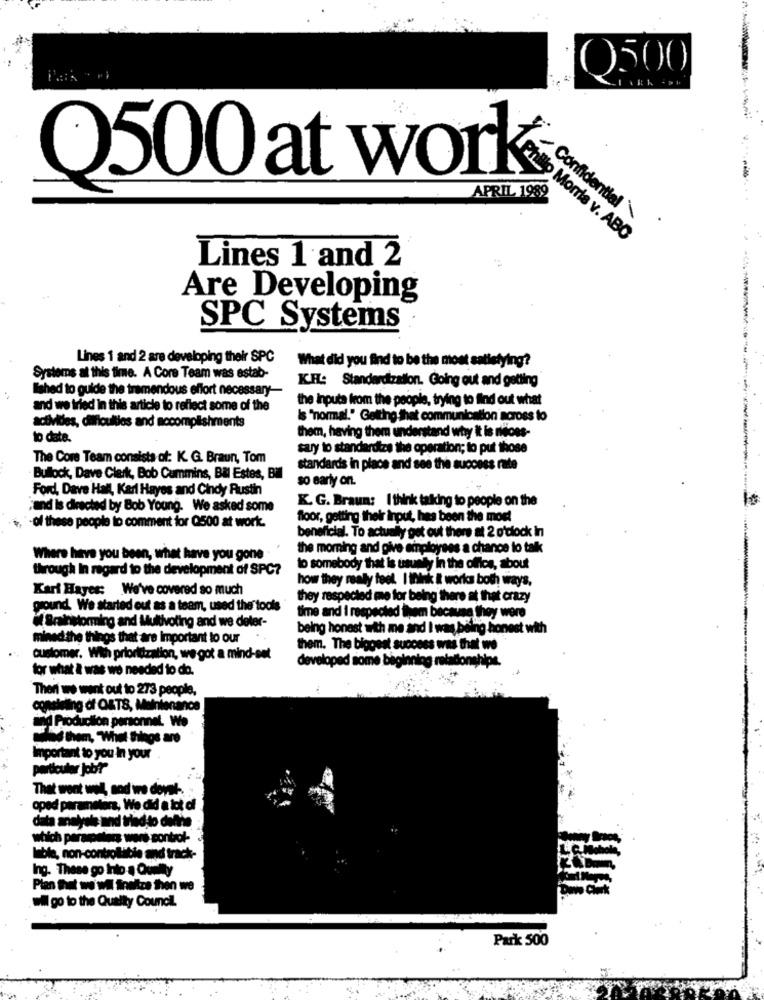
Q500
O500 at work
APRIL 1989
Confidential\
Philip Morris v. ABO
Lines 1 and 2
Are Developing
SPC Systems
Lines 1 and 2 are developing their SPC
What did you find to be the most sallelying?
--
Systems at this time. A Core Team was estab-
Ished to guide the tremendous effort necessary-
K.EL .: Standardization. Going out and getting
the inputa from the people, trying to find out what
and we tried in this article to reflect some of the
Is "normal." Getting that communication across to
activities, difficulties and accomplishments
to date.
them, having them understand why it is neces-
say to standardize the operation; to put those
The Core Team consists of: K. G. Braun, Tom
standards in place and see the success rate
Bulock, Dave Clerk, Bob Cummins, Bal Estes, Bil
so early on.
Ford, Dave Hall, Karl Hayes and Cindy Rustin
K. G. Braun: I think talking to people on the
and is directed by Bob Young. We asked some
floor, getting their input, hes been the moet
of these people to comment for (2500 at work.
beneficial. To actualy get out there at 2 o'clock in
the moming and give einployses a chance to talk
Where have you been, what have you gone
through In regard to the development of SPC?
to somebody that is usually in the office, about
how they really feel. I think it works both ways.
Kari Hayes: We've covered so much
they respected me for being there at that crazy
pound. We started out as a team, used the tools
time and i respected them because they were
Brainstorming and Multivoting and we deler-
being honest with me and I was being honest with
mined the things that are Important to our
them. The biggest success was that we
customer. With prioritization, we got a mind-set
developed some beginning relationshipe.
for what i was we needed to do.
Theri we went out to 273 people.
holding of O&TS, Maintenance
and Production personnet. We
od them, "What things are
Important to you in your
particular job?"
That wont wol, and we deyak -.
oped parameters, We did a lot of
data anelyola and tried to deine
which parapeters were control-
leble, non-controllable and track-
Ing. These go Into a Quelty
Plan that we wil finekze then we
wil go to the Quality Council.
Park 500